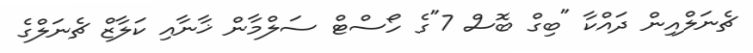
ޗެނަލްއިން ދައްކާ "ބިގް ބޮސް 7"ގެ ހޯސްޓް ސަލްމާން ޚާނާއި ކަލާޒް ޗެނަލްގެ